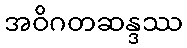
အဝိဂတဆန္ဒဿ